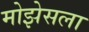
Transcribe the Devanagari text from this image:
मोझेसला